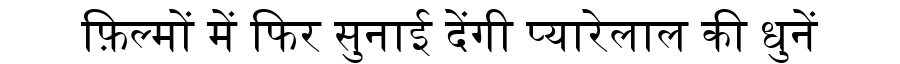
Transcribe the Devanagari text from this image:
फ़िल्मों में फिर सुनाई देंगी प्यारेलाल की धुनें